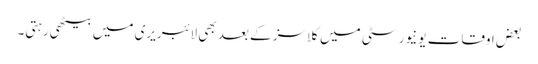
بعض اوقات یونیورسٹی میں کلاسز کے بعد بھی لائبریری میں بیٹھی رہتی۔